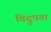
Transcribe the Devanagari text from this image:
विद्रुपता